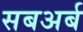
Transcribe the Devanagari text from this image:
सबअर्ब